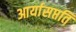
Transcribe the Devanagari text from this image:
आर्यासप्तति